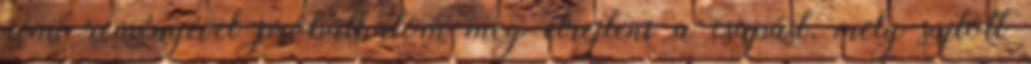
némi reményével próbálhatom meg elrejteni a csapást, mely sújtott